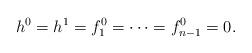
LaTeX: \begin{align*}h^0=h^1=f_{1}^0=\cdots=f_{n-1}^0=0.\end{align*}